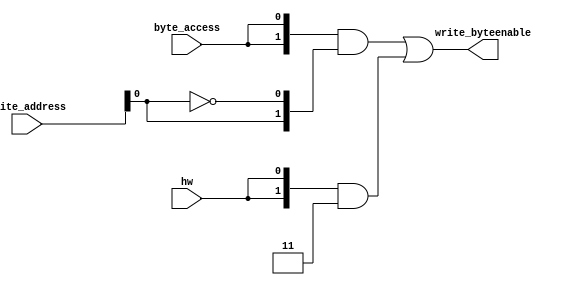
module soc_design_dma_byteenables (
                                     byte_access,
                                     hw,
                                     write_address,
                                     write_byteenable
                                  )
;
  output  [  1: 0] write_byteenable;
  input            byte_access;
  input            hw;
  input   [ 25: 0] write_address;
  wire             wa_0_is_0;
  wire             wa_0_is_1;
  wire    [  1: 0] write_byteenable;
  assign wa_0_is_1 = write_address[0] == 1'h1;
  assign wa_0_is_0 = write_address[0] == 1'h0;
  assign write_byteenable = ({2 {byte_access}} & {wa_0_is_1, wa_0_is_0}) |
    ({2 {hw}} & 2'b11);
endmodule